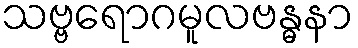
သဗ္ဗရောဂမူလဗန္ဓနာ